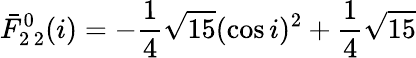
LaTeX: \bar{F}_{2\, 2}^{0}(i)=-\frac{1}{4}\sqrt{15}(\cos i)^{2}+\frac{1}{4}\sqrt{15}